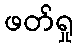
ဖတ်ရှု